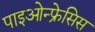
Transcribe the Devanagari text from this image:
पाइओन्फ्रेसिस